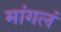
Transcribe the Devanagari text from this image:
मांगलं